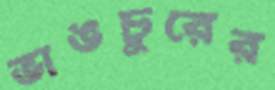
ভাঙচুরের